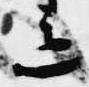
色